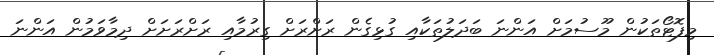
މިފޮޓޯތަކުން މޫސުމަށް އަންނަ ބަދަލުތަކާއި ގުޅިގެން ރަށްރަށް ގިރުމާއި ރަށްރަށަށް ދިމާވަމުން އަންނަ